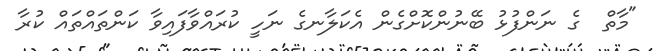
"މާތް  ގެ ނަންފުޅު ބޭނުންކޮށްގެން އެކަލާނގެ ނަހީ ކުރައްވާފައިވާ ކަންތައްތައް ކުރާ